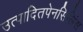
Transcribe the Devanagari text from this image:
उत्पादितपेनसिलिंस